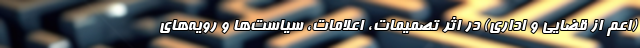
(اعم از قضایی و اداری) در اثر تصمیمات، اعلامات، سیاست‌ها و رویه‌های